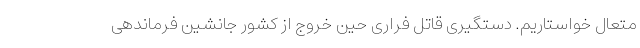
متعال خواستاریم. دستگیری قاتل فراری حین خروج از کشور جانشین فرماندهی